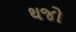
થજો